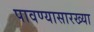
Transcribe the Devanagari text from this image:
पावण्यासारख्या